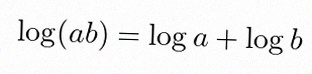
\log(ab)=\log a+\log b